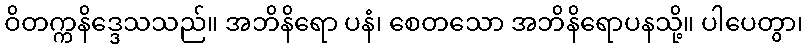
ဝိတက္ကနိဒ္ဒေသသည်။ အဘိနိရော ပနံ၊ စေတသော အဘိနိရောပနသို့။ ပါပေတွာ၊